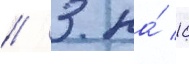
/ 3 на́ 10